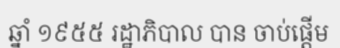
ឆ្នាំ ១៩៥៥ រដ្ឋាភិបាល បាន ចាប់ផ្តើម